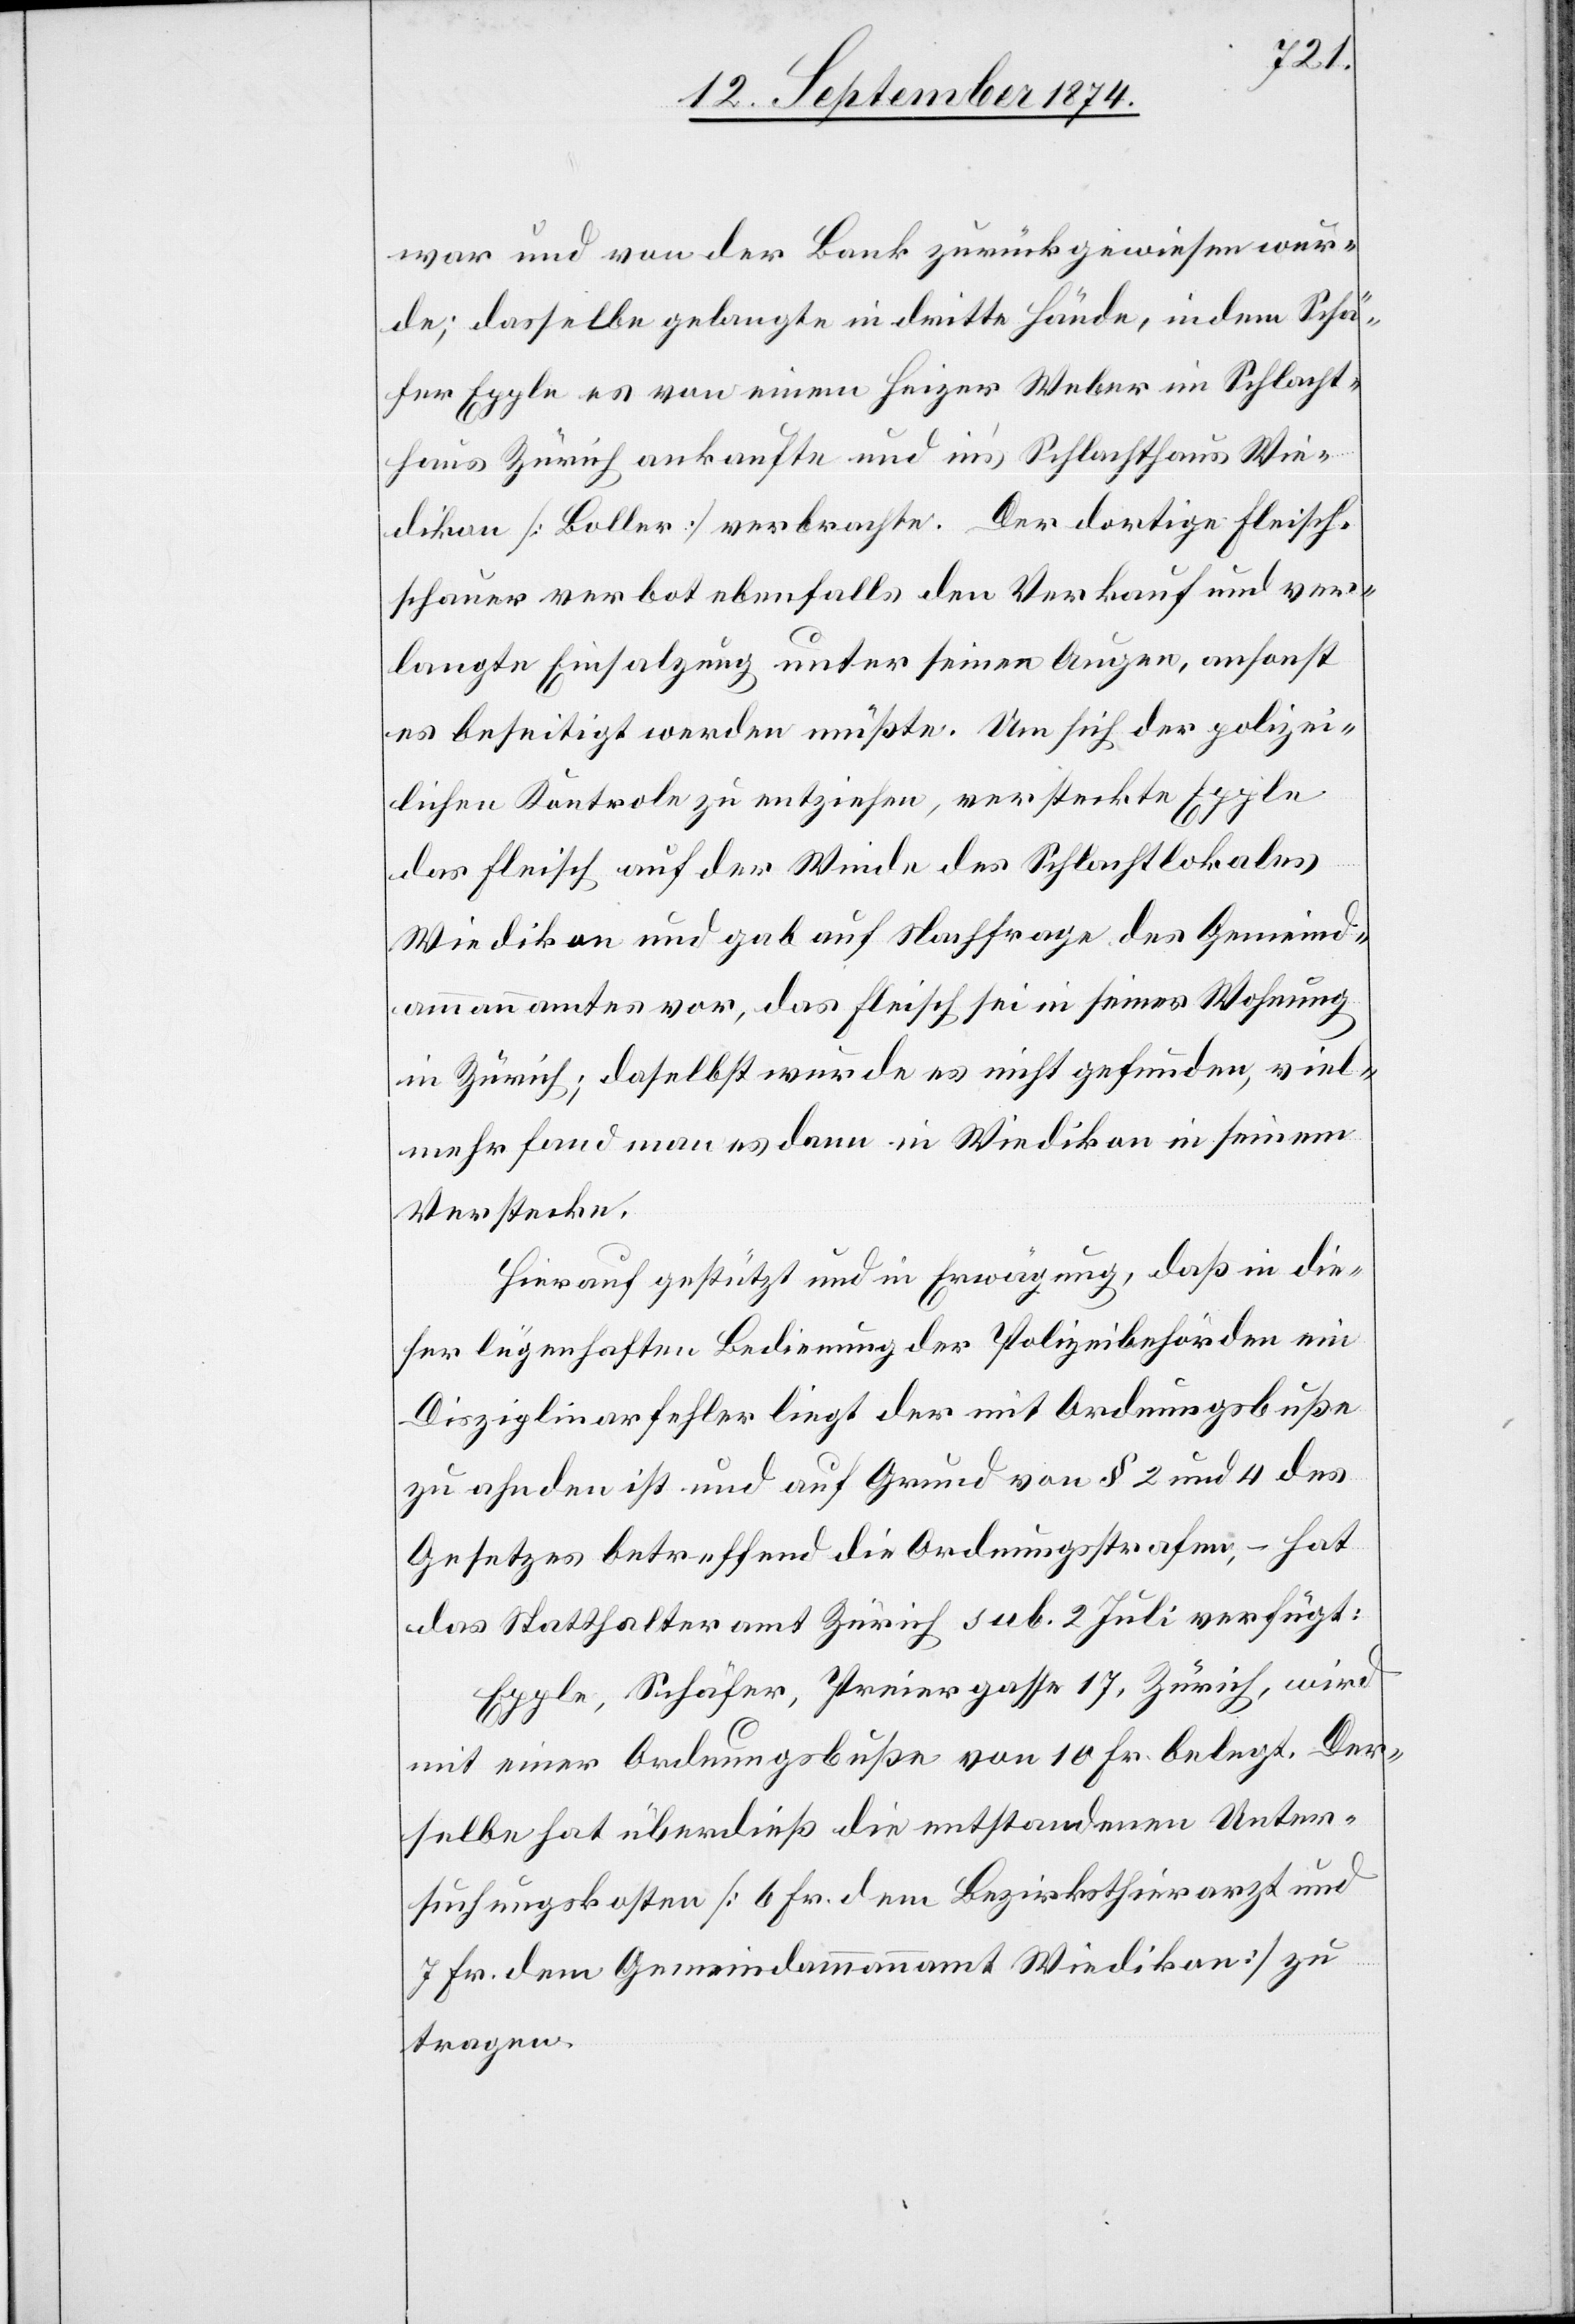
war und von der Bank zurückgewiesen wur¬
de; dasselbe gelangte in dritte Hände, indem Schä¬
fer Epple es von einem Heizer Weber im Schlacht¬
haus Zürich ankaufte und in’s Schlachthaus Wie¬
dikon [Boller] verbrachte. Der dortige Fleisch¬
schauer verbot ebenfalls den Verkauf und ver¬
langte Einsalzung unter seinen Augen, ansonst
es beseitigt werden müßte. Um sich der polizei¬
lichen Kontrole zu entziehen, versteckte Epple
das Fleisch auf der Winde des Schlachtlokales
Wiedikon und gab auf Nachfrage des Gemeind¬
ammannamtes vor, das Fleisch sei in seiner Wohnung
in Zürich; daselbst wurde es nicht gefunden, viel¬
mehr fand man es dann in Wiedikon in seinem
Verstecke.
Hierauf gestützt und in Erwägung, daß in die¬
ser lügenhaften Bedienung der Polizeibehörden ein
Disziplinarfehler liegt der mit Ordnungsbuße
zu ahnden ist und auf Grund von § 2 und 4 des
Gesetzes betreffend die Ordnungsstrafen, – hat
das Statthalteramt Zürich sub. 2 Juli verfügt:
Epple, Schäfer, Preiergasse 17, Zürich, wird
mit einer Ordnungsbuße von 10 Fr. belegt. Der¬
selbe hat überdieß die entstandenen Unter¬
suchungskosten [6 Fr. dem Bezirksthierarzt und
7 Fr. dem Gemeindammannamt Wiedikon] zu
tragen.